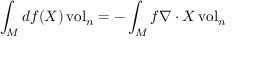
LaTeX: \int _ { M } d f ( X ) \operatorname { v o l } _ { n } = - \int _ { M } f \nabla \cdot X \operatorname { v o l } _ { n }